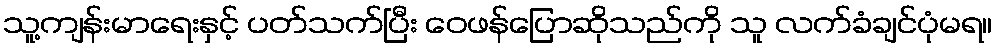
သူ့ကျန်းမာရေးနှင့် ပတ်သက်ပြီး ဝေဖန်ပြောဆိုသည်ကို သူ လက်ခံချင်ပုံမရ။